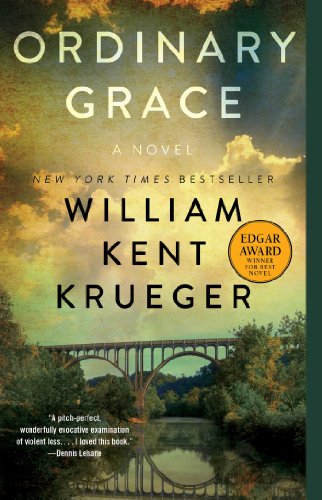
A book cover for Ordinary Grace; William Kent Krueger; Mystery, Thriller & Suspense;